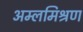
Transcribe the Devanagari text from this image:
अम्लमिश्रण